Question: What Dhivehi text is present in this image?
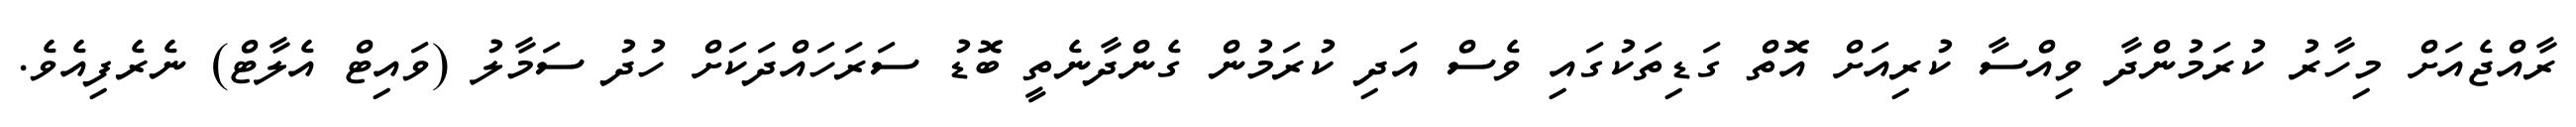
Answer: ރާއްޖެއަށް މިހާރު ކުރަމުންދާ ވިއްސާ ކުރިއަށް އޮތް ގަޑިތަކުގައި ވެސް އަދި ކުރަމުން ގެންދާނެތީ ބޮޑު ސަރަހައްދަކަށް ހުދު ސަމާލު (ވައިޓް އެލާޓް) ނެރެފިއެވެ.